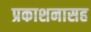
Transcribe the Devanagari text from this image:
प्रकाशनासह